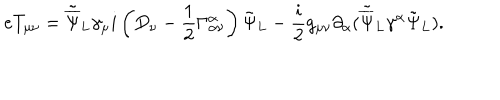
e T _ { \mu \nu } = { \tilde { \overline { { \Psi } } } _ { L } } { \gamma _ { \mu } } i \left( D _ { \nu } - \frac { 1 } { 2 } \Gamma _ { \alpha \nu } ^ { \alpha } \right) { \tilde { \Psi } } _ { L } - \frac { i } { 2 } g _ { \mu \nu } \partial _ { \alpha } ( { \tilde { \overline { { \Psi } } } } _ { L } \gamma ^ { \alpha } { \tilde { \Psi } _ { L } } ) . \nonumber \,